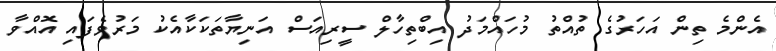
އެންމެ ތިން އަހަރުގެ ތުއްތު މުހައްމަދު އިބްތިހާލް ސީރިއަސް އަނިޔާތަކަކާއެކު މަރުވެފައި އޮއްވާ